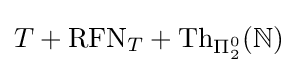
T+\mathrm {RFN} _{T}+\mathrm {Th} _{\Pi _{2}^{0}}(\mathbb {N} )